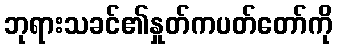
ဘုရားသခင်၏နှုတ်ကပတ်တော်ကို